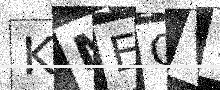
Text: KMEQV1